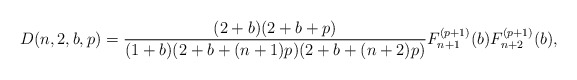
\begin{gather*}D(n,2,b,p)={(2+b)(2+b+p) \over (1+b)(2+b+(n+1)p)(2+b+(n+2)p)} F_{n+1}^{(p+1)}(b) F_{n+2}^{(p+1)}(b),\end{gather*}